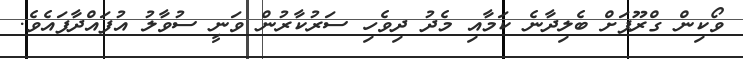
ވޯކިން ގްރޫޕަށް ބެލިދާނެ ކަމާއި މެދު ދިވެހި ސަރުކާރުން ވަނީ ސުވާލު އުފައްދާފައެވެ.